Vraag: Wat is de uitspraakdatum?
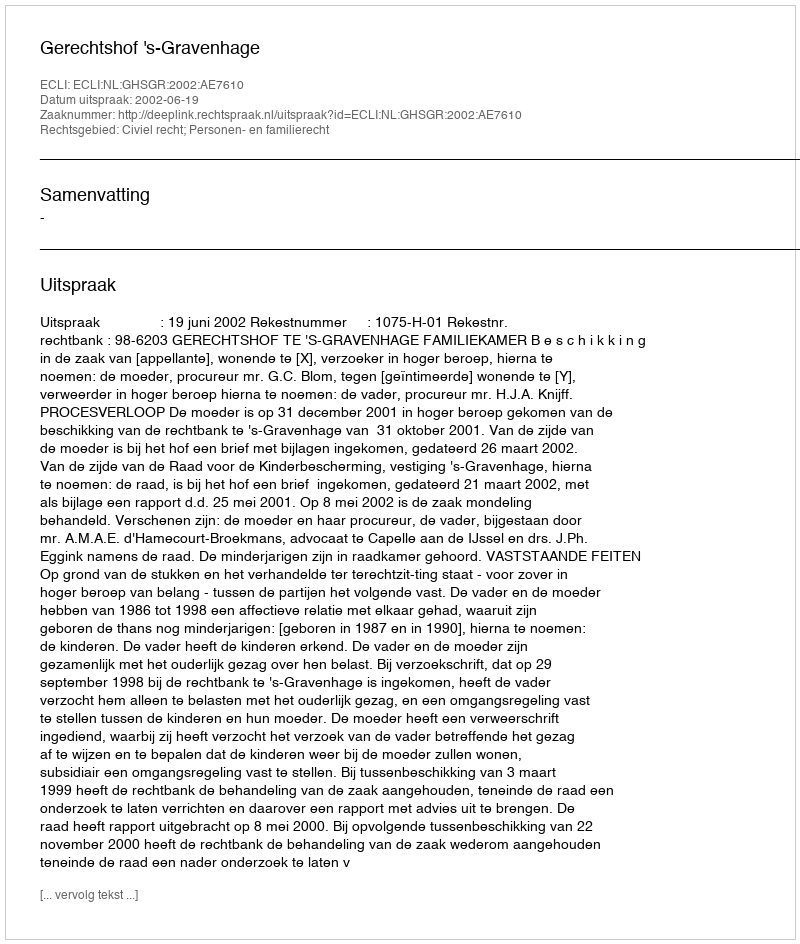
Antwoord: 2002-06-19